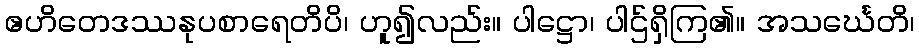
ဧဟိတေဒဿနုပစာရေတိပိ၊ ဟူ၍လည်း။ ပါဋ္ဌော၊ ပါဌ်ရှိကြ၏။ အသင်္ဃေတိ၊